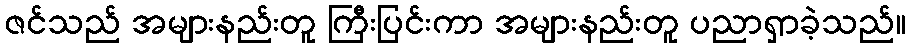
ဇင်သည် အများနည်းတူ ကြီးပြင်းကာ အများနည်းတူ ပညာရှာခဲ့သည်။